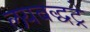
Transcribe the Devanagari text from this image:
लयबद्धट्रे